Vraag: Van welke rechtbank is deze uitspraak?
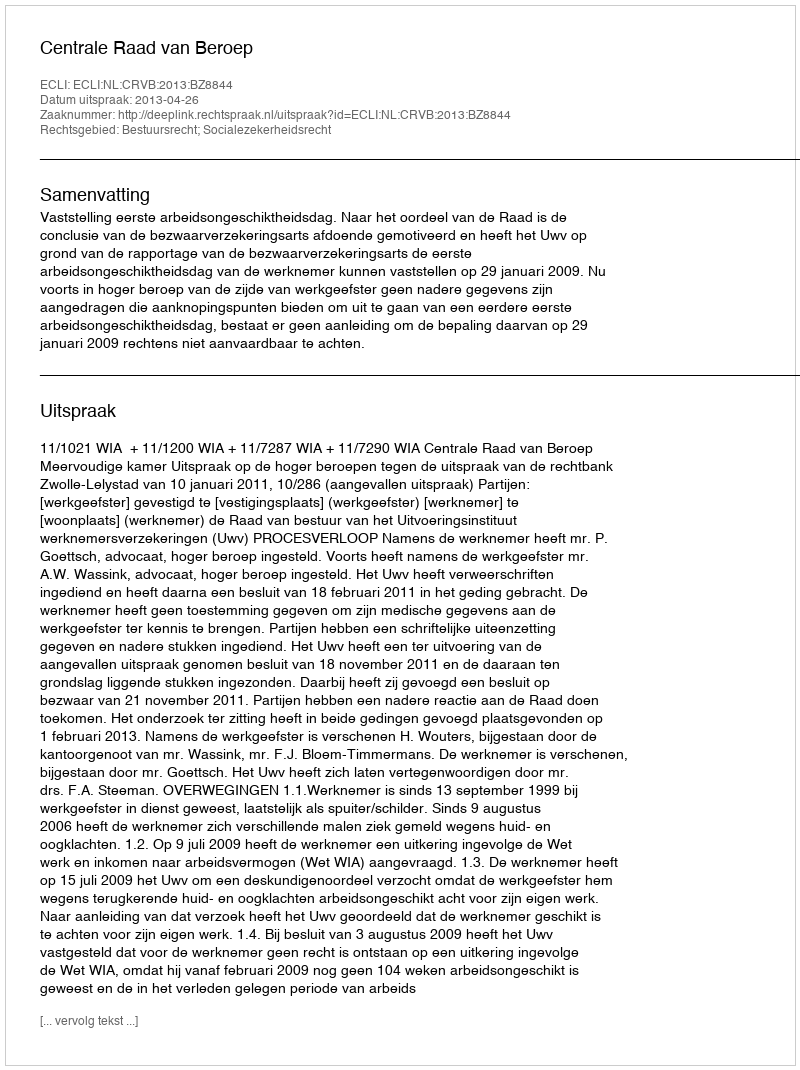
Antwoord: Centrale Raad van Beroep